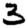
Digit: 3